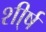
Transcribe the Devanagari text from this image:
शी्र्ष